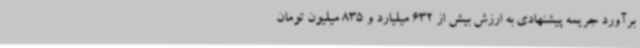
برآورد جریمه پیشنهادی به ارزش بیش از 632 میلیارد و 835 میلیون تومان